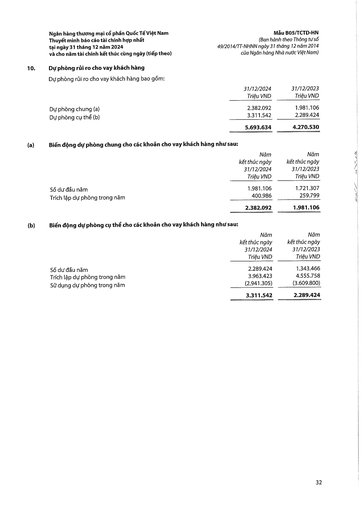
||31/12/2024 Triệu VND|31/12/2023 Triệu VND| |---|---|---| |Dự phòng chung (a)|2.382.092|1.981.106| |Dự phòng cụ thể (b)|3.311.542|2.289.424| ||5.693.634|4.270.530| ||Năm kết thúc ngày 31/12/2024 Triệu VND|Năm kết thúc ngày 31/12/2023 Triệu VND| |---|---|---| |Số dư đầu năm|1.981.106|1.721.307| |Trích lập dự phòng trong năm|400.986|259.799| ||2.382.092|1.981.106| ||Năm kết thúc ngày 31/12/2024 Triệu VND|Năm kết thúc ngày 31/12/2023 Triệu VND| |---|---|---| |Số dư đầu năm|2.289.424|1.343.466| |Trích lập dự phòng trong năm|3.963.423|4.555.758| |Sử dụng dự phòng trong năm|(2.941.305)|(3.609.800)| ||3.311.542|2.289.424|